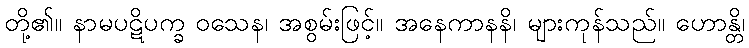
တို့၏။ နာမပဋိပက္ခ ဝသေန၊ အစွမ်းဖြင့်။ အနေကာနနိ၊ များကုန်သည်။ ဟောန္တိ၊